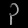
Digit: ၃